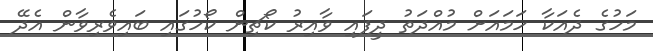
މަހުގެ ދެއަކާ ހަމައަށް މުއްދަތު ދީފައި ވާއިރު ކޯޗިން ކޯހުގައި ބައިވެރިވާން އެދޭ